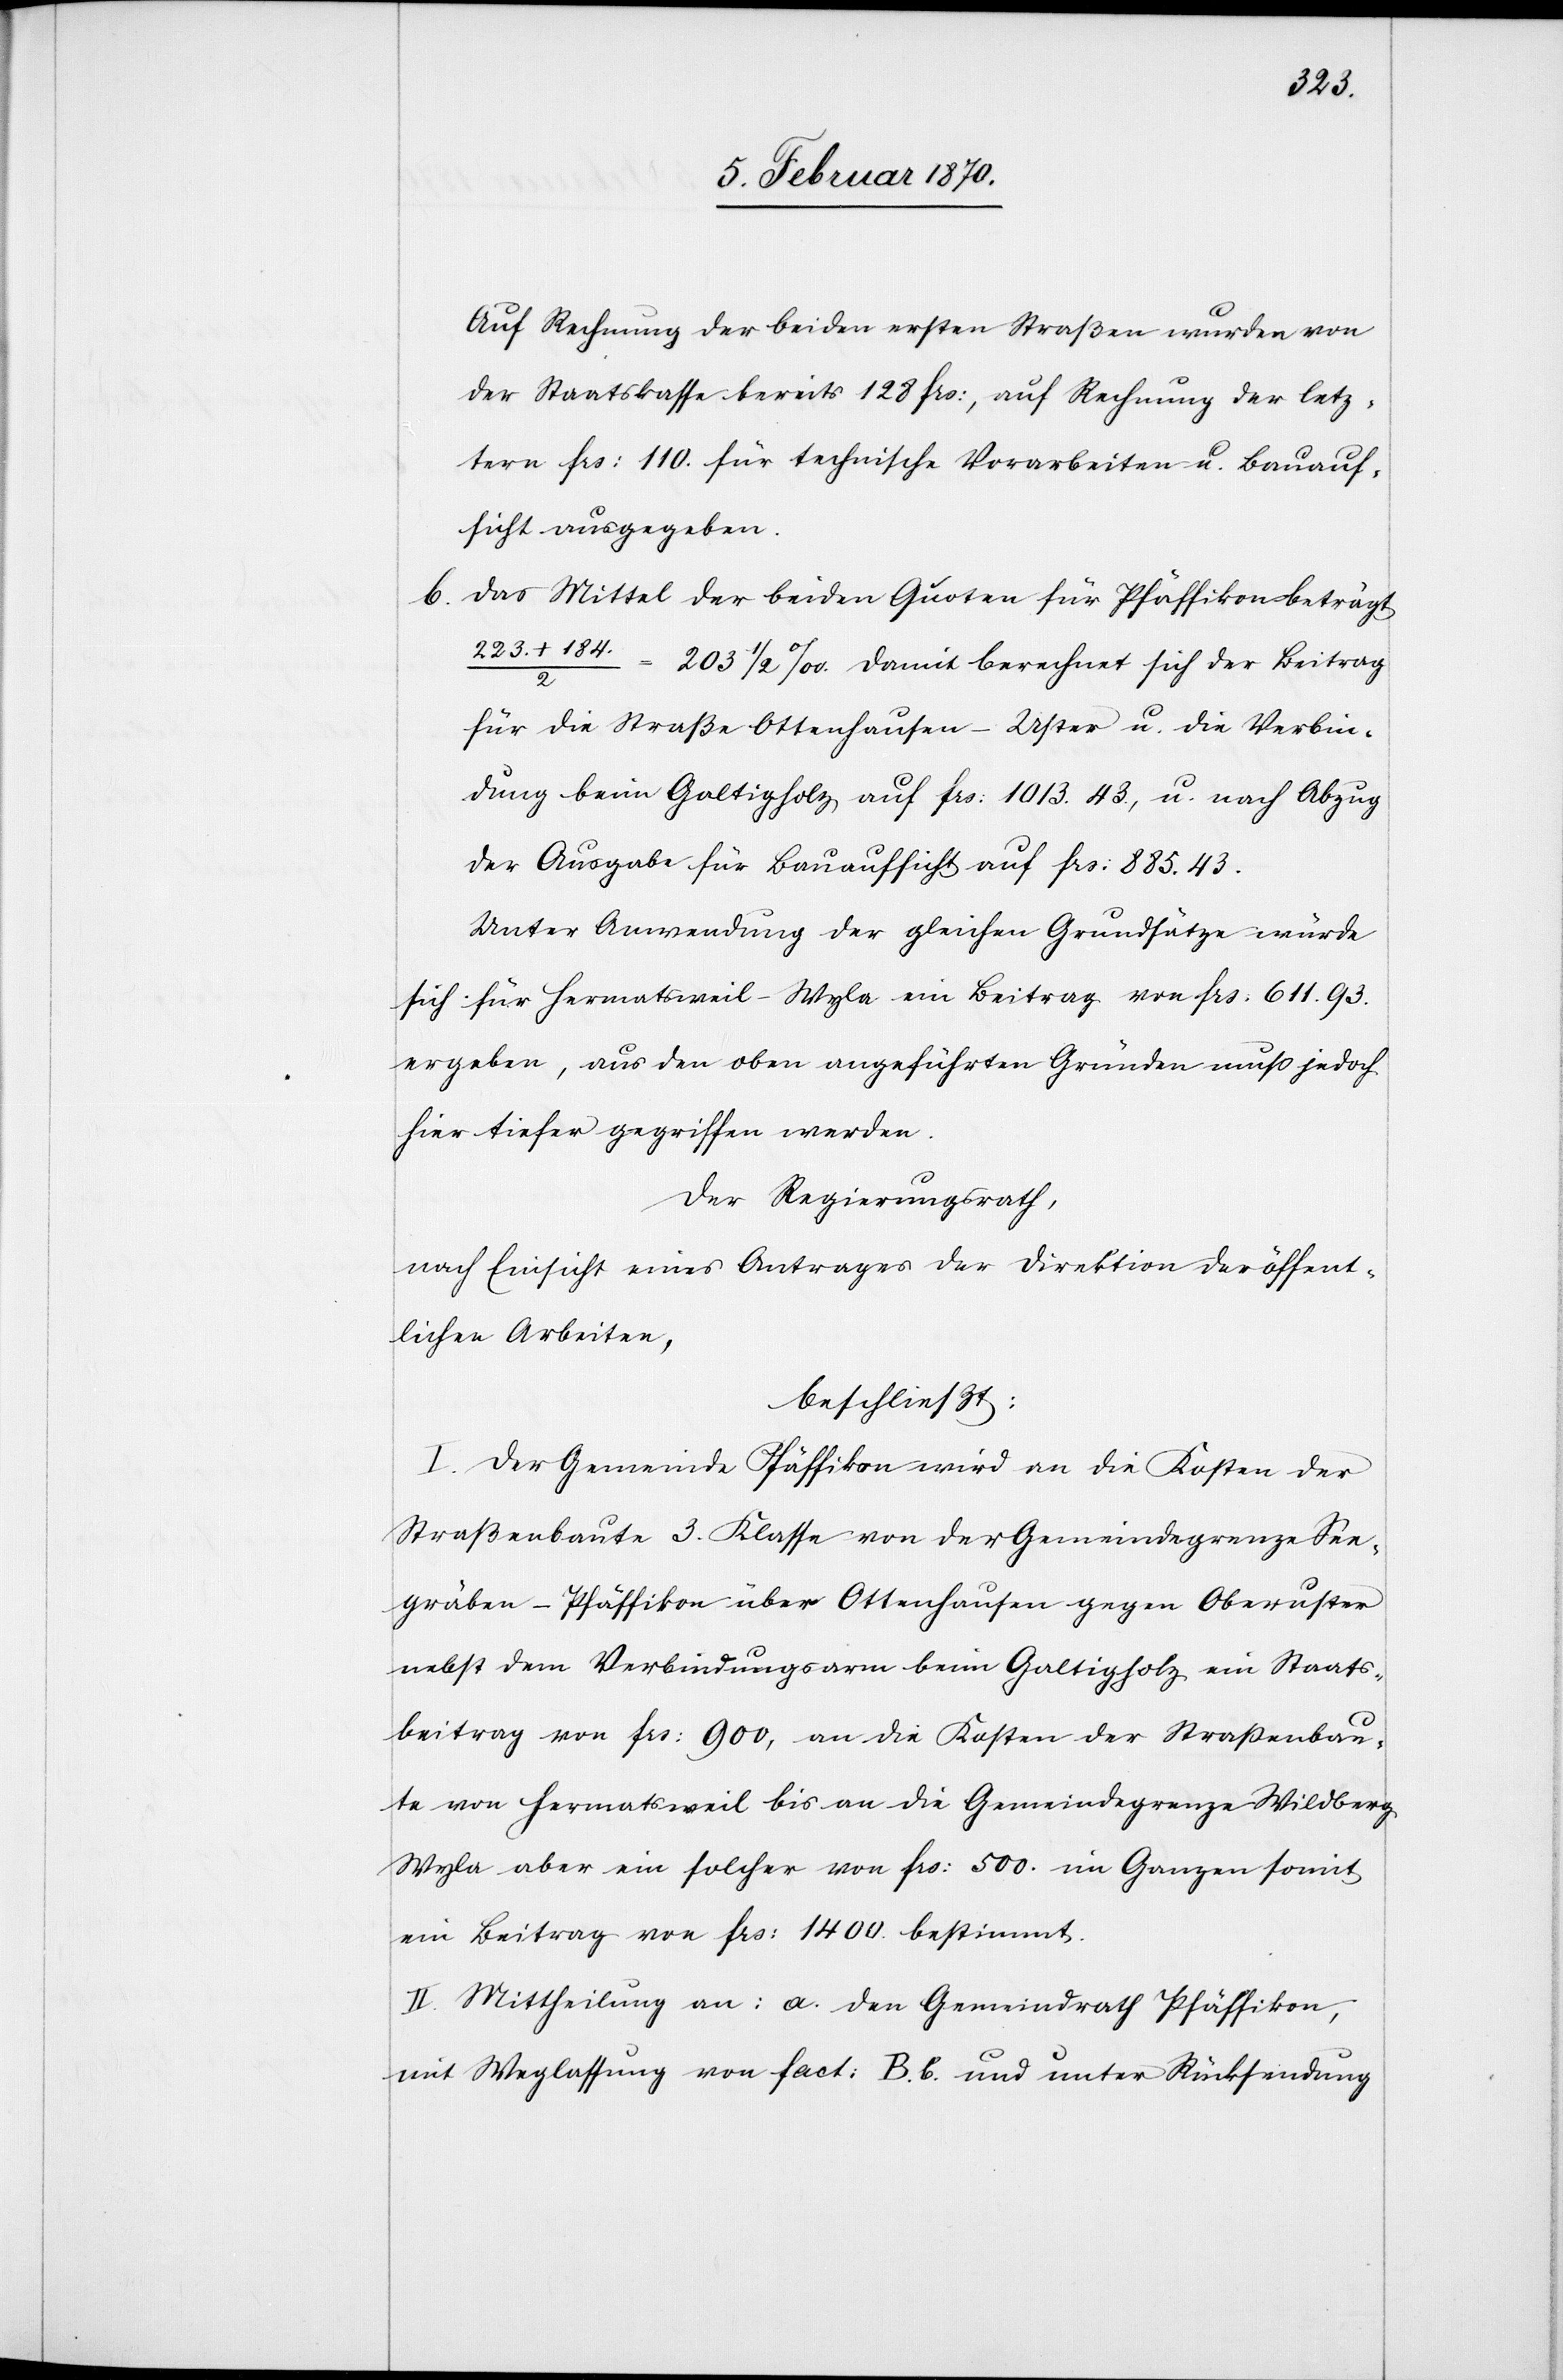
Auf Rechnung der beiden ersten Straßen wurden von
der Staatskasse bereits 128 frs:, auf Rechnung der letz¬
tern frs: 110. für technische Vorarbeiten u. Bauauf¬
sicht ausgegeben.
b. Das Mittel der beiden Quoten für Pfäffikon beträgt
223. + 184.
203 1/2 ‰. Damit berechnet sich der Beitrag
für die Straße Ottenhausen–Uster u. die Verbin¬
dung beim Galtigholz auf frs: 1013.43., u. nach Abzug
der Ausgabe für Bauaufsicht auf frs: 885.43.
Unter Anwendung der gleichen Grundsätze würde
sich für Hermatsweil–Wyla ein Beitrag von frs: 611.93.
ergeben, aus den oben angeführten Gründen muss jedoch
hier tiefer gegriffen werden.
Der Regierungsrath,
nach Einsicht eines Antrages der Direktion der öffent¬
lichen Arbeiten,
beschließt:
I. Der Gemeinde Pfäffikon wird an die Kosten der
Straßenbaute 3. Klasse von der Gemeindegrenze See¬
gräben-Pfäffikon über Ottenhausen gegen Oberuster
nebst dem Verbindungsarm beim Galtigholz ein Staats¬
beitrag von frs: 900, an die Kosten der Straßenbau¬
te von Hermatsweil bis an die Gemeindegrenze Wildberg
Wyla aber ein solcher von frs: 500. im Ganzen somit
ein Beitrag von frs: 1400. bestimmt.
II. Mittheilung an: a. den Gemeindrath Pfäffikon,
mit Weglassung von fact: B. b. und unter Rücksendung